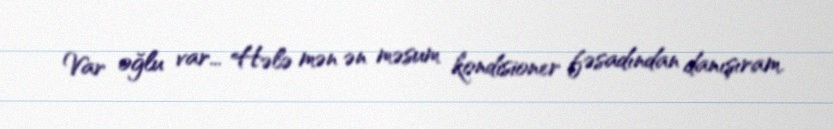
Var oğlu var... Hələ mən ən məsum kondisioner fəsadından danışıram.